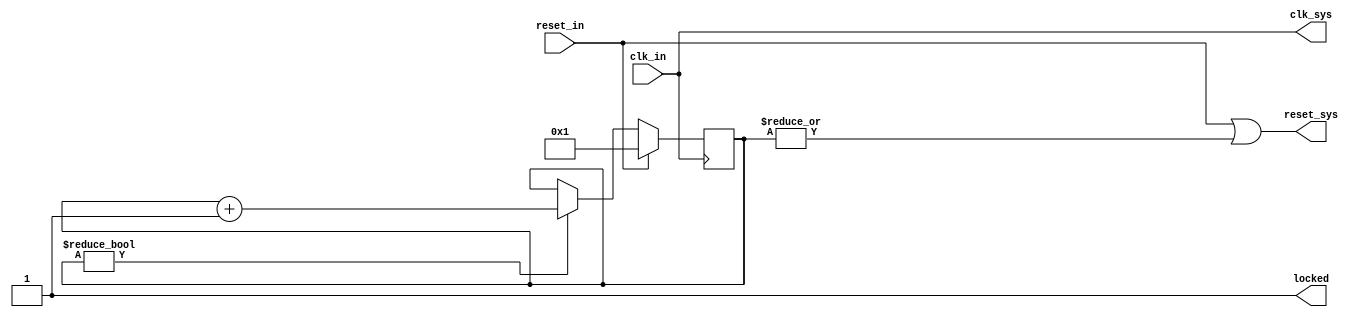
module system_controller(/*AUTOARG*/
   // Outputs
   clk_sys, reset_sys, locked,
   // Inputs
   clk_in, reset_in
   );
   input wire clk_in;
   output wire clk_sys;
   input  wire reset_in;
   output wire reset_sys;   
   output wire locked;
   
    
   //
   // Input buffer to make sure the XCLK signal is routed
   // onto the low skew clock lines
   //

`ifdef XILINX
   wire                         xclk_buf;
   IBUFG xclk_ibufg(.I(clk_in), .O(xclk_buf));
   wire                         locked;
`else
   assign locked = 1;
   
`endif
   

   reg [5:0]                    reset_count = 6'h0;
   assign reset_sys = reset_in | ~locked | (|reset_count);   
   
   always @(posedge clk_in)
     if (reset_in | ~locked) begin
        reset_count <= 6'h1;        
     end else begin
        if (reset_count) begin
           reset_count <= reset_count + 1;           
        end
     end
   
   //   
   // Clock buffer that ensures the clock going out to the hardware is on a low skew line
   //

`ifdef XILINX   
   BUFG clk_bug (
                 .O(clk_sys), // 1-bit output Clock buffer output
                 .I(CLKFBOUT) // 1-bit input Clock buffer input (S=0)
                 );

   clk_wiz_0 lab9_clocks
     (
      // Clock in ports
      .clk_in1(xclk_buf),      // input clk_in1
      // Clock out ports
      .clk_out1(CLKFBOUT),     // output clk_out1
      // Status and control signals
      .reset(reset_in), // input reset
      .locked(locked));      // output locked
`else // !`ifdef XILINX

   assign clk_sys = clk_in;   
   
`endif //  `ifdef XILINX
   
   
endmodule